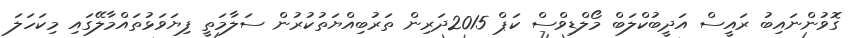
ގޮވުންނައިބު ރައީސް އަދީބުކްލަބް މޯލްޑިވްސް ކަޕް 2015ދަރިން ތަރުބިއްޔަތުކުރުން ސަލާމަތީ ފިޔަވަޅުތައްމާލޭގައި މިކަހަލަ